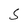
Character: S